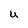
Character: u